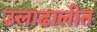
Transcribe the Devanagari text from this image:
उलाढालीत